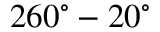
2 6 0 ^ { \circ } - 2 0 ^ { \circ }